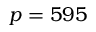
p = 5 9 5